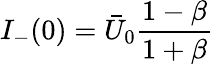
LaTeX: I_{-}(0)=\bar{U}_{0}\frac{1-\beta}{1+\beta}